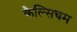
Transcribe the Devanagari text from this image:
कैल्सिचम